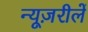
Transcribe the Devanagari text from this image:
न्यूज़रीलें